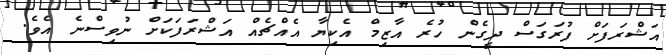
އަޝްރަފަށް ފުރަގަސް ދީގެން ހުރެ އާޒިމް އެކިޔާ އެއްޗެއް އަޝްރަފަކަށް ނުވިސްނެ އެވެ.